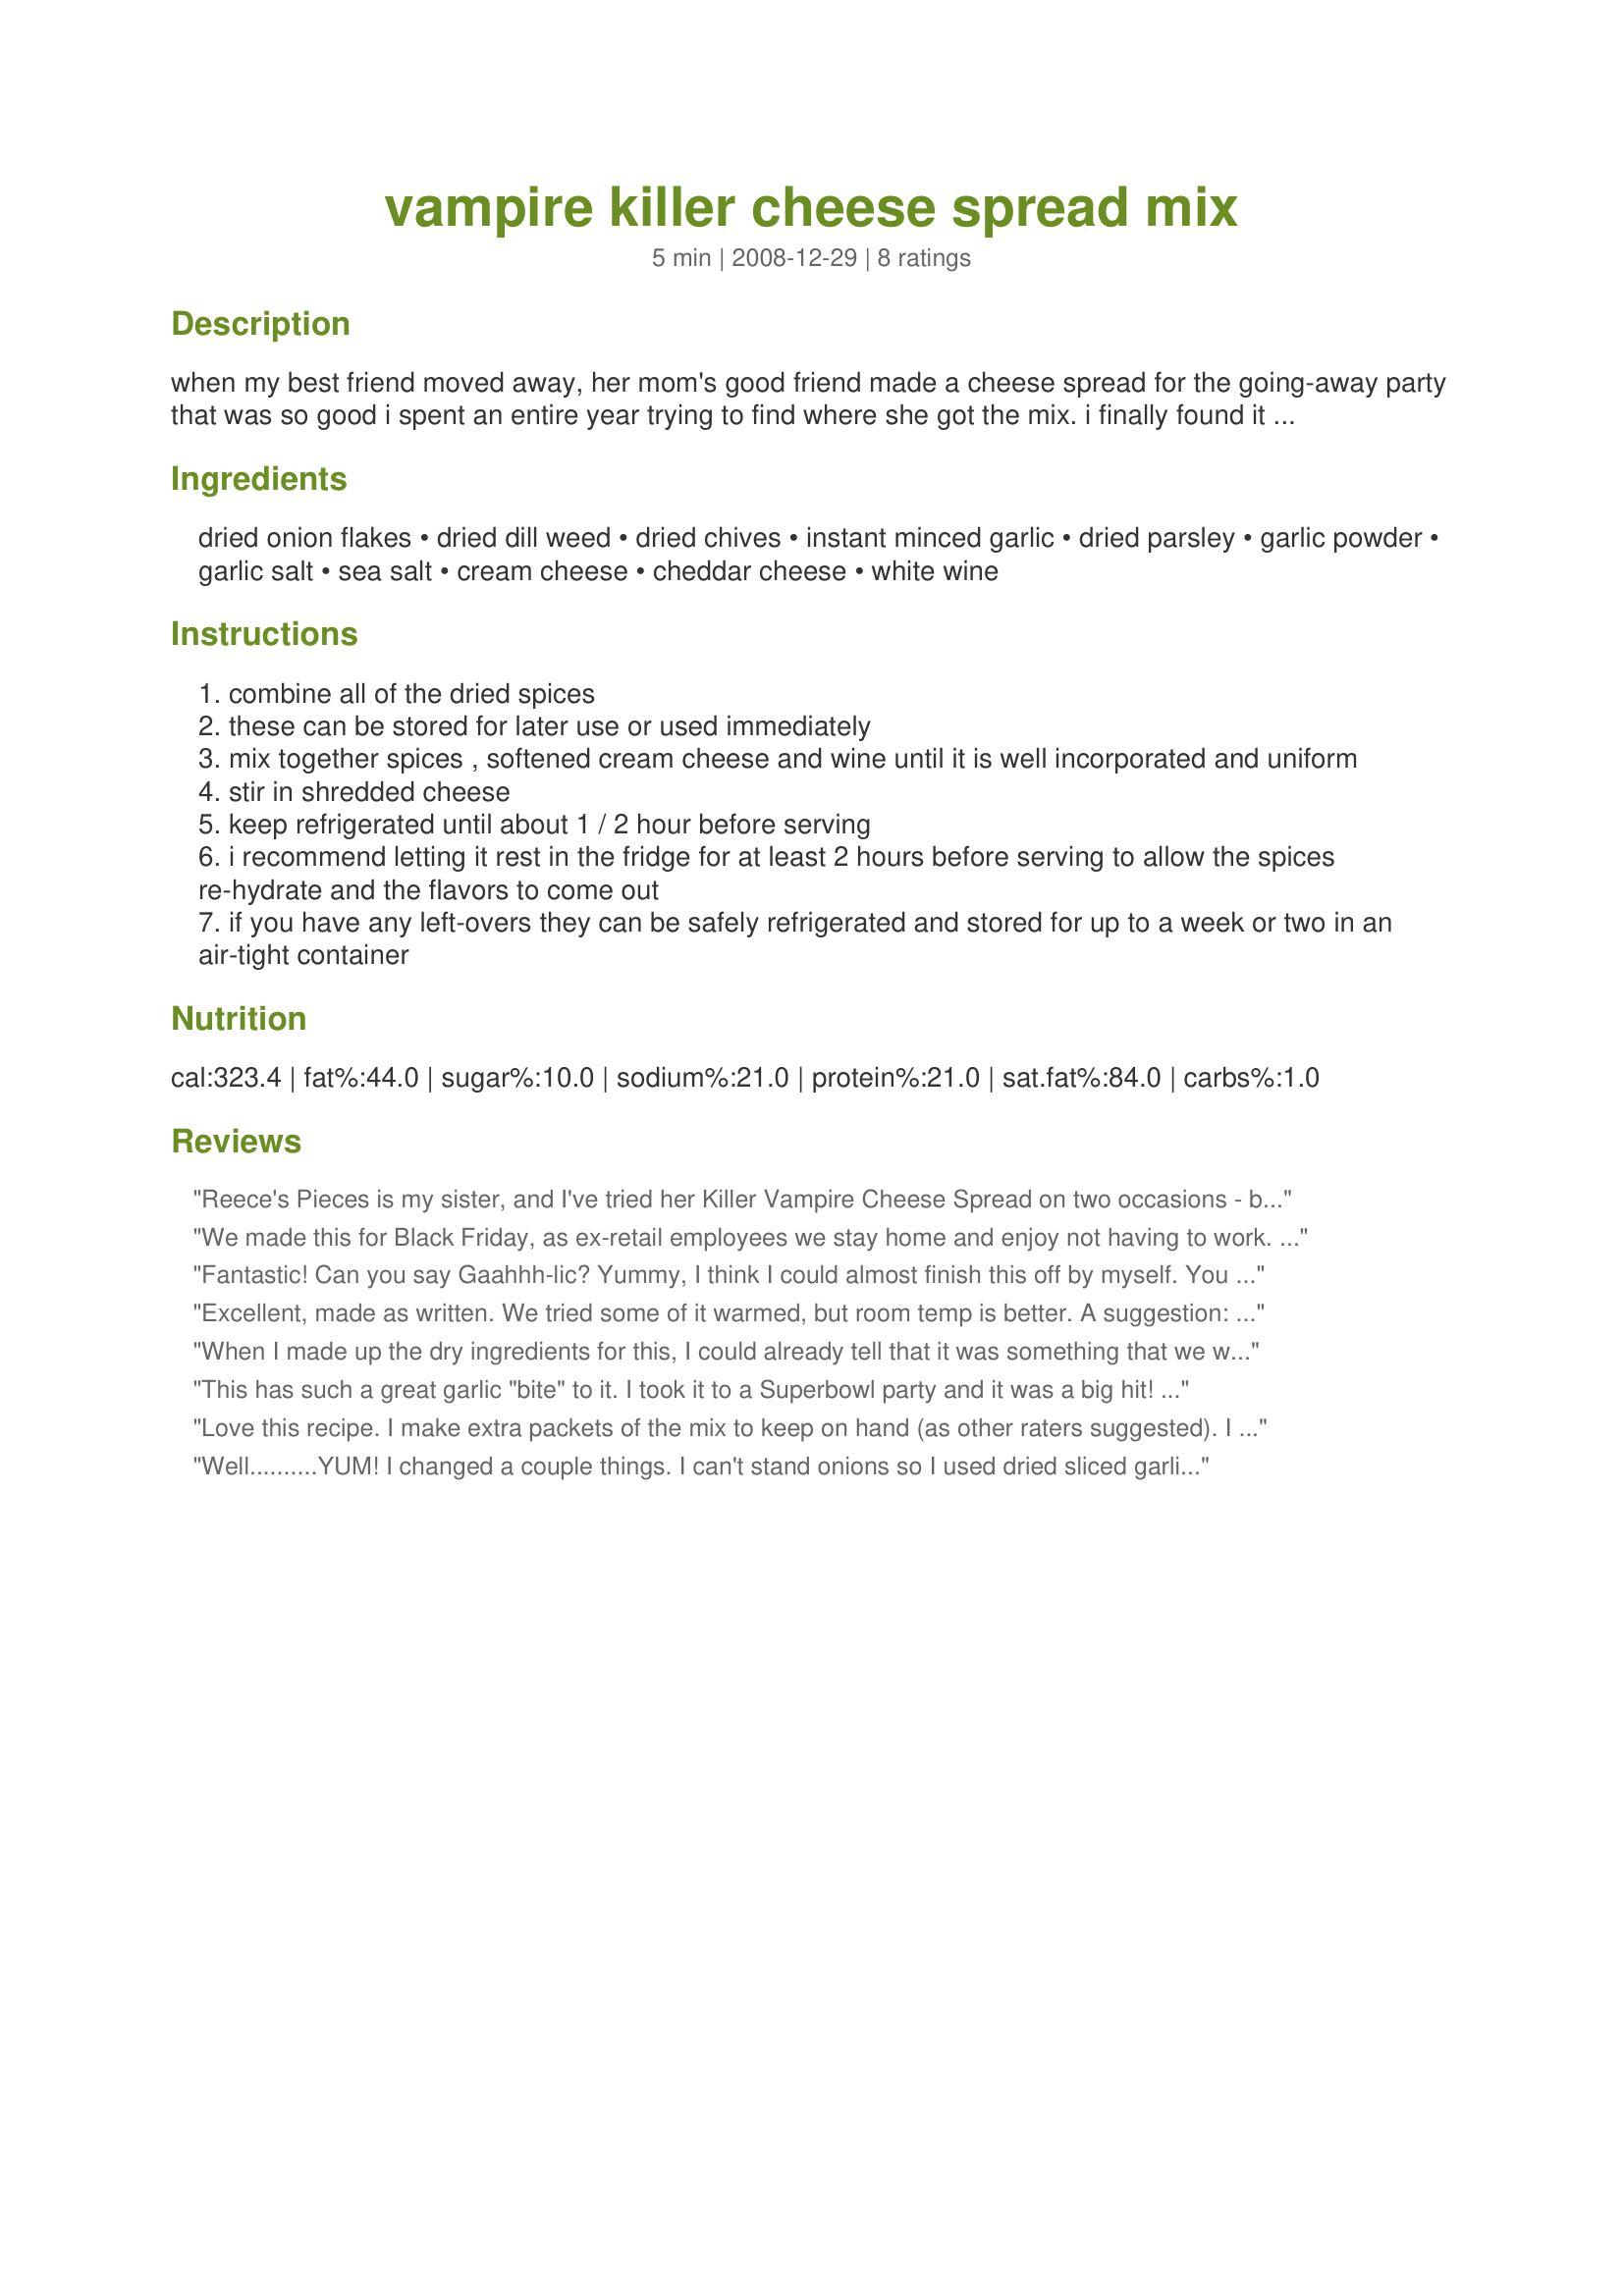
vampire killer cheese spread mix
Preparation time: 5 minutes

when my best friend moved away, her mom's good friend made a cheese spread for the going-away party that was so good i spent an entire year trying to find where she got the mix. i finally found it online, but at $12.50 each after shipping, i decided i could probably come close enough on my own. so, with a little experimentation, this is what i came up with. i warn you, it's quite addicting and you'll want to stay a polite distance from others when speaking after you eat it. you can put the dry ingredients together and store them in ziploc bags or small containers so that you can just pull out a mix and add it to the wet ingredients in a snap. i serve it with crackers or beer bread. it can also be rolled into a cheese ball or log for a nice presentation if you're feeling ambitious.

Ingredients:
dried onion flakes, dried dill weed, dried chives, instant minced garlic, dried parsley, garlic powder, garlic salt, sea salt, cream cheese, cheddar cheese, white wine

Steps:
combine all of the dried spices
these can be stored for later use or used immediately
mix together spices , softened cream cheese and wine until it is well incorporated and uniform
stir in shredded cheese
keep refrigerated until about 1 / 2 hour before serving
i recommend letting it rest in the fridge for at least 2 hours before serving to allow the spices re-hydrate and the flavors to come out
if you have any left-overs they can be safely refrigerated and stored for up to a week or two in an air-tight container

Reviews:
Reece's Pieces is my sister, and I've tried her Killer Vampire Cheese Spread on two occasions - both times I adored it! I snuck back to grab cracker after cracker loaded with this, and I can't wait to try it on my own... all I need is a good party!
We made this for Black Friday, as ex-retail employees we stay home and enjoy not having to work. We absolutely loved this. I used 1 Tbs of Minced garlic, because we love garlic. We added some worcestershire sauce to a small amount we put aside at the request of my BF and it was very tastey too. We will be making this again (today actually...since we are stuck inside due to the weather.) Thanks so much Reeces.
Fantastic! Can you say Gaahhh-lic? Yummy, I think I could almost finish this off by myself. You gotta love the garlic to try this recipe, and I DO! I don't think any vampires will be coming near me anytime soon. I have already premixed the dry ingredients and put them in a snack size ziploc to have on hand when the craving hits. And it will hit. Thanks for posting! Made for New Kids on the Block tag game.
Excellent, made as written. We tried some of it warmed, but room temp is better. A suggestion: sneak some out and put away to put in mashed potatoes. WOW! This is especially good on Blue Cheese, Walnut ,Port Wine Bread. Reeses, thanks for posting . . . Janet
When I made up the dry ingredients for this, I could already tell that it was something that we would like, so, I set out 8 small bowls and made it 8 times. I put it in those small plastic bags that are used for jewelry, wrote the directions for adding the wet ingredients and stapeled to the bag. I only have one left, so, I'll be making up another batch soon. We loved it with pita chips. Also, I used up a small amount that I had left over by spooning it over hot broccoli. Yum!!
This has such a great garlic "bite" to it. I took it to a Superbowl party and it was a big hit! It will definitely keep the vampires at bay! Made for Favorite Recipes of 2009 Tag game.
Love this recipe. I make extra packets of the mix to keep on hand (as other raters suggested). I have even tried using this mix in with burgers and sausage stuffing for stuffed mushroom caps. It gave great flavor to both applications.
Well..........YUM! I changed a couple things. I can't stand onions so I used dried sliced garlic (that I crushed) insted of the onion flakes. I then used onion powder (which I CAN stand) in place of the garlic powder. So really just a switcharoo. Left out the chives cuz I don't like. I did add some crushed up dried tomato and that adds a nice red fleck to the dip....pretty AND tasty! Everything else just as written. I would think this would be great wrapped inside chicken breast and baked like a Cordon Blue either w/ or w/out ham and would make a yummy sandwich spread too! I think goat cheese would be interesting to try insted of the shredded cheddar sometime too. Even blue cheese would be good!
Thanks for sharing!
